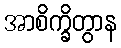
အာစိက္ခိတွာန